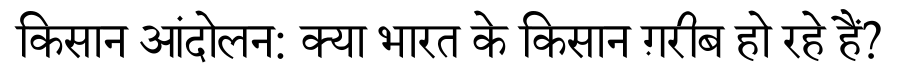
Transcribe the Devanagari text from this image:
किसान आंदोलन: क्या भारत के किसान ग़रीब हो रहे हैं?